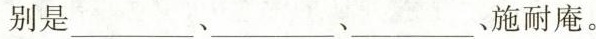
别是_、_、_、施耐庵。